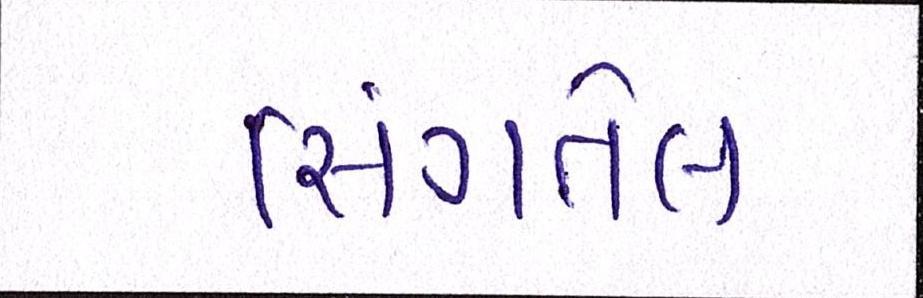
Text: સિંગતેલ